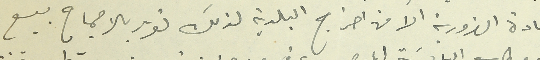
المادة الضرورية الا من احراج البلدية لذلك تقرر بالاجماع بيع